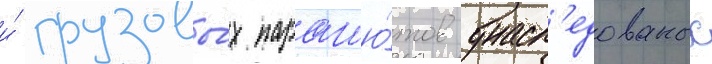
и́ грузовы́х парашю́тов унасл'едованых